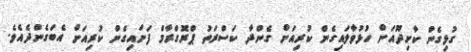
ގުޅިގެން ކާށިދޫއަށް ހުޅުވާލައިގެން ކުރިއަށް ގެންދާ ކަސްރަތު ޕްރޮގްރާމް ފަށައިގެން ކުރިއަށް އެބަގެންދެއެވެ.